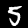
Digit: 5